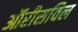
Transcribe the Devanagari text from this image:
ऑरीसविल